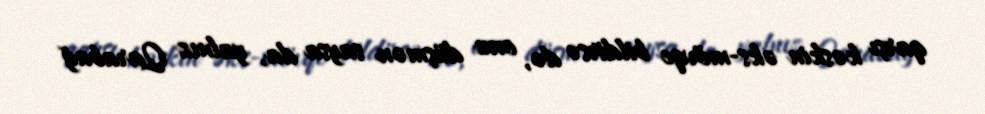
qarşı kəskin əks-mövqe bildirsə də, onu düşmən saysa da, yalnız Qarabağ